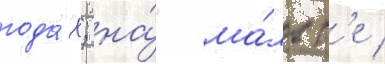
года́х; на́ ма́льт'е /